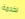
لخدمة